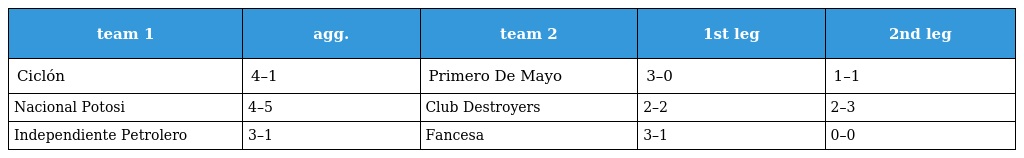
| team 1 | agg. | team 2 | 1st leg | 2nd leg |
 | --- | --- | --- | --- | --- |
 | Ciclón | 4–1 | Primero De Mayo | 3–0 | 1–1 |
 | Nacional Potosi | 4–5 | Club Destroyers | 2–2 | 2–3 |
 | Independiente Petrolero | 3–1 | Fancesa | 3–1 | 0–0 |